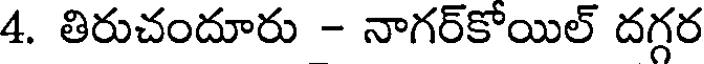
4. తిరుచందూరు - నాగర్కోయిల్ దగ్గర